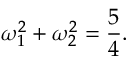
\omega _ { 1 } ^ { 2 } + \omega _ { 2 } ^ { 2 } = \frac { 5 } { 4 } .